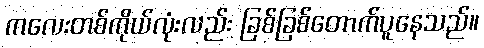
ကလေးတစ်ကိုယ်လုံးလည်း ခြစ်ခြစ်တောက်ပူနေသည်။